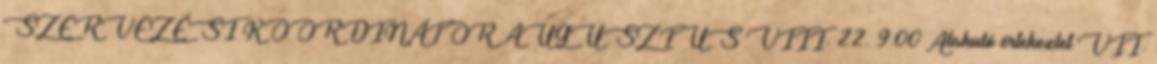
SZERVEZÉSI KOORDINÁTOR AUGUSZTUS VIII. 22. 9:00 Alakuló értekezlet VII.